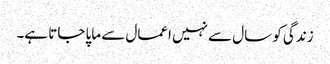
زندگی کو سال سے نہیں اعمال سے ماپا جاتا ہے۔